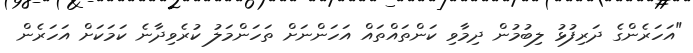
"އަހަރެންގެ ދަރިފުޅު ލިބުމުން ދިމާވި ކަންތައްތައް އަހަންނަށް ތަހަންމަލު ކުރެވިދާނެ ކަމަކަށް އަހަރެން